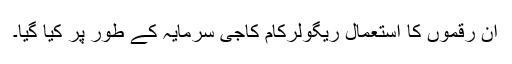
ان رقموں کا استعمال ریگولرکام کاجی سرمایہ کے طور پر کیا گیا۔